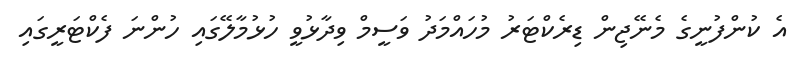
އެ ކުންފުނީގެ މެނޭޖިން ޑިރެކްޓަރު މުހައްމަދު ވަސީމް ވިދާޅުވީ ހުޅުމާލޭގައި ހުންނަ ފެކްޓަރީގައި